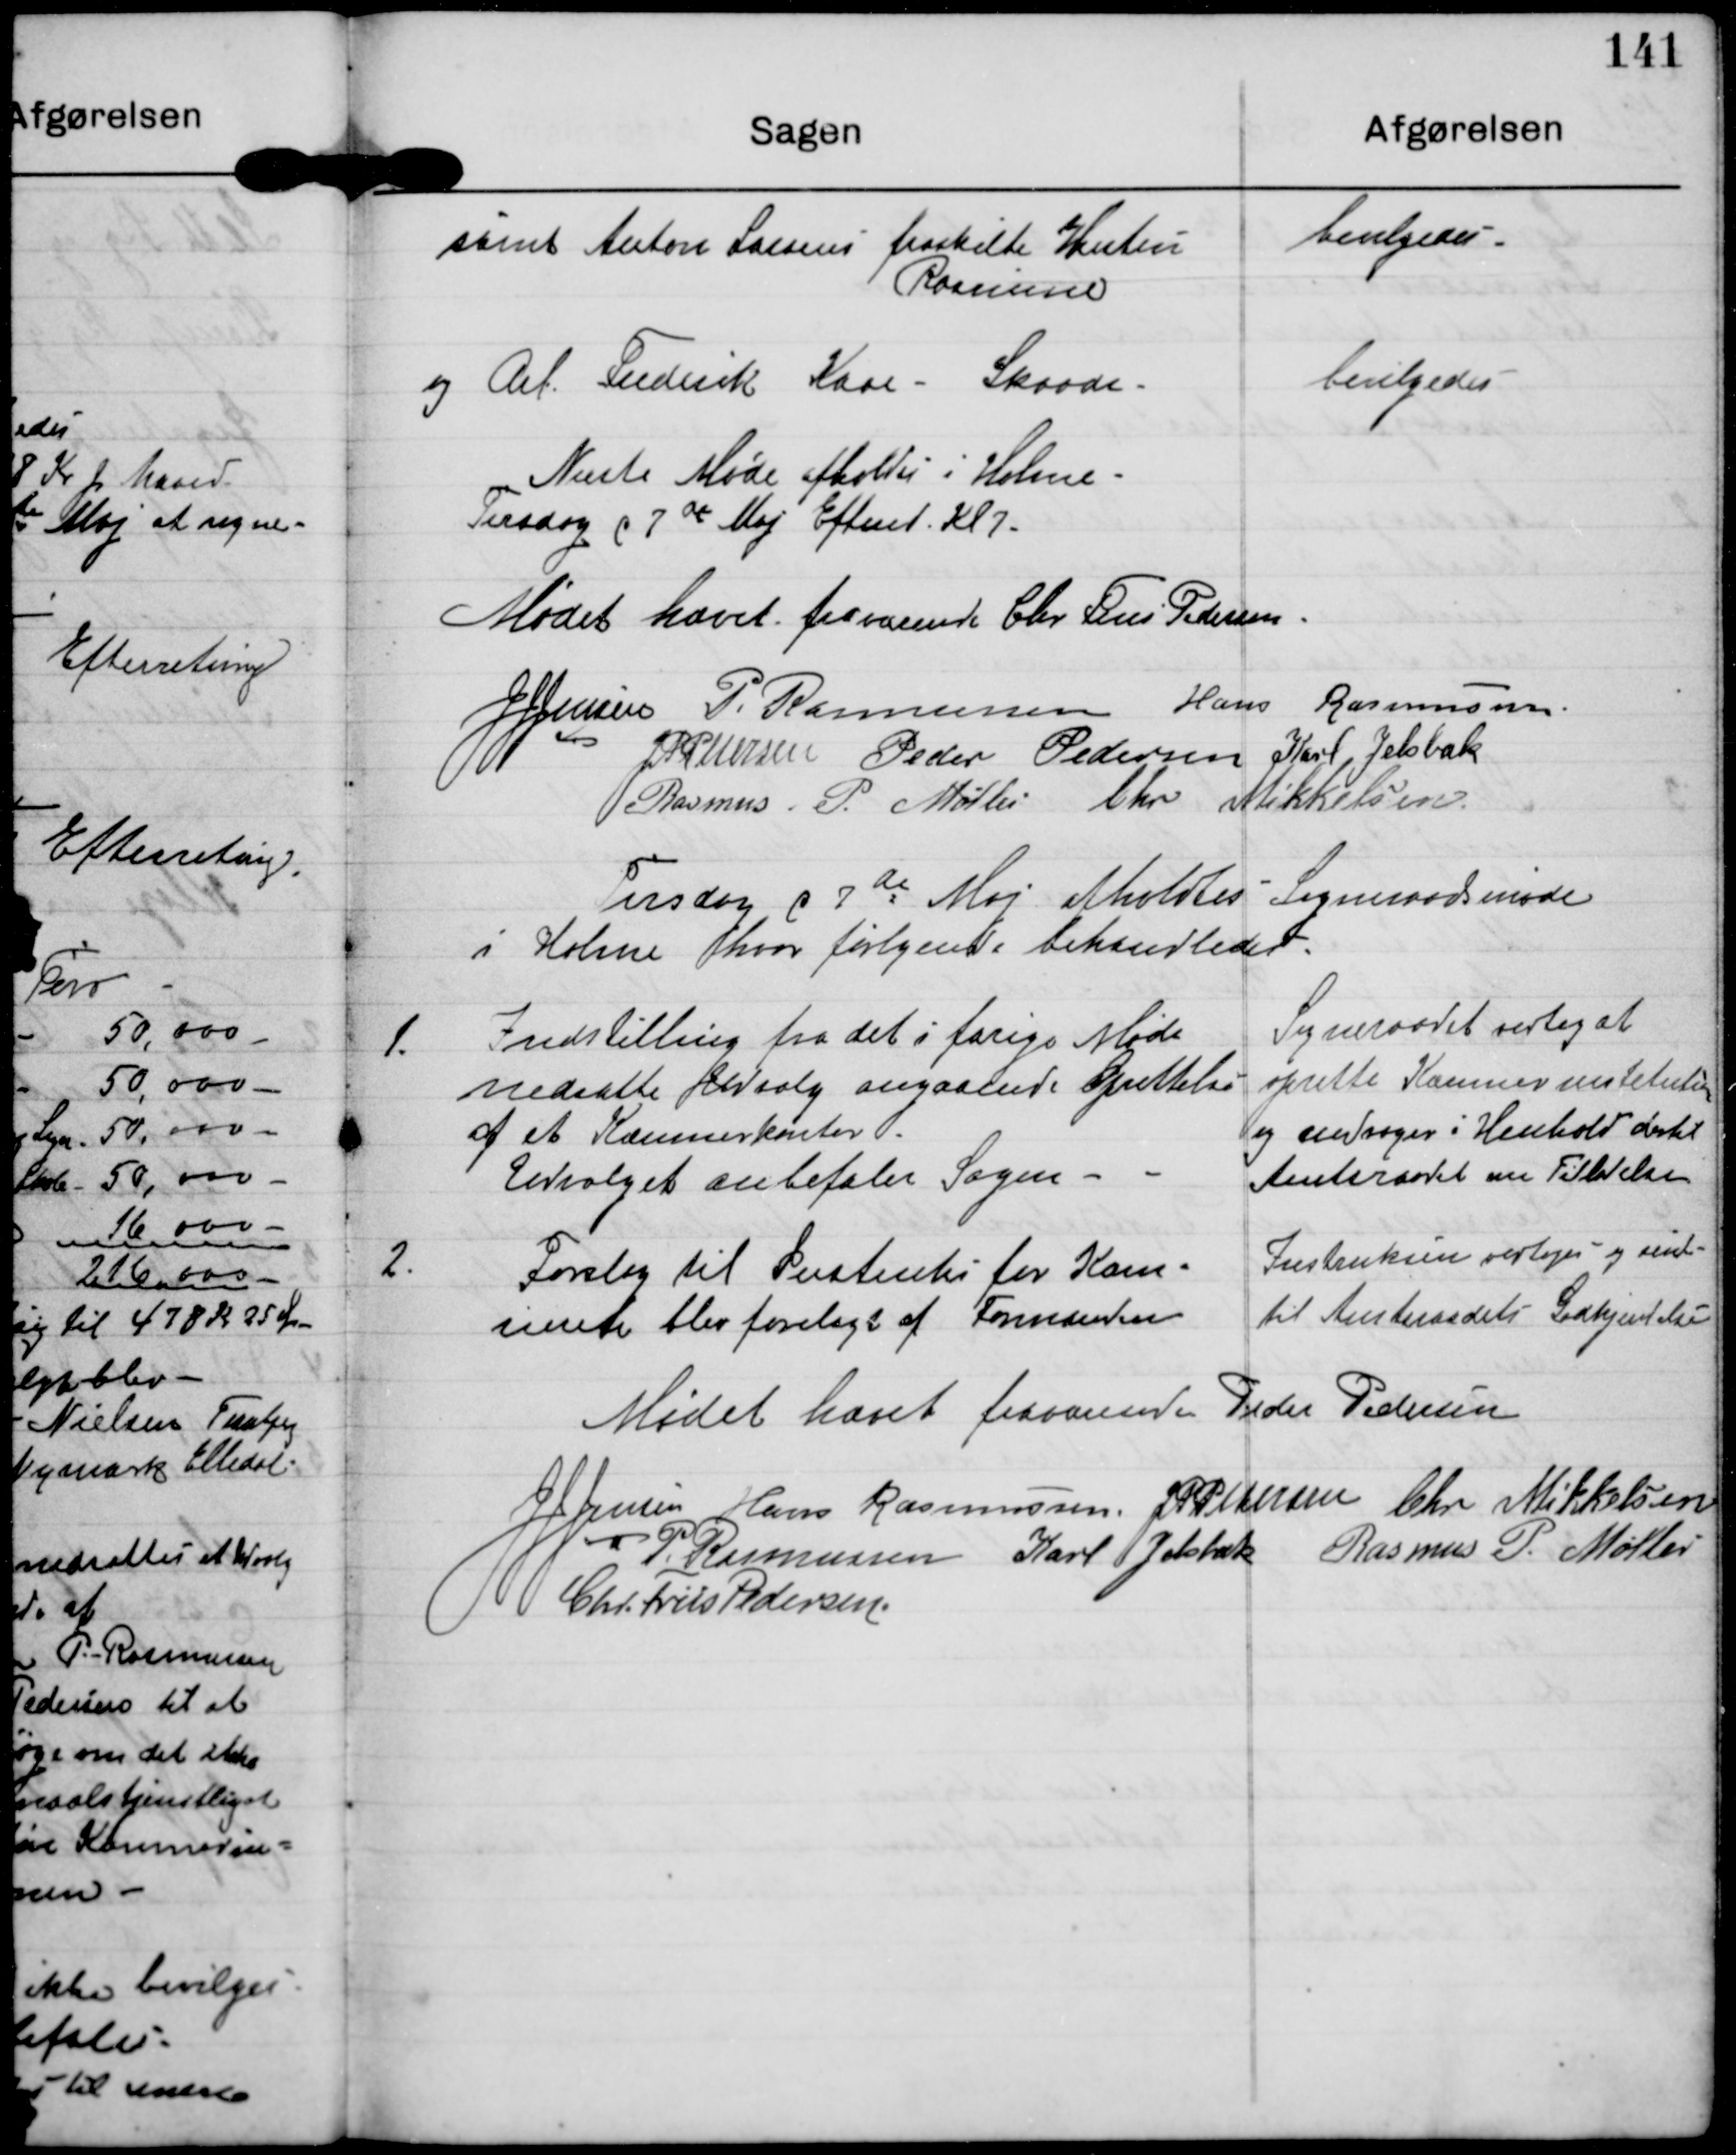
Transskription:
samt Anton Larsens fraskilte Hustru
Rasmine

bevilgedes

og Arb. Frederik Kaae - Skaade

bevilgedes

Næste Møde afholdes i Holme
Tirsdag d 7de Maj Eftermd. Kl. 2.

Mødet hævet

fraværende Chr. Friis Pedersen

JJ Jensen

P. Rasmussen

Hans Rasmussen

JP Pedersen

Peder Pedersen

Karl Jelsbak

Rasmus P. Møller

Chr. Mikkelsen

Tirsdag d 7de Maj afholdtes Sogneraadsmøde
i Holme hvor følgende behandledes

1.

Indstilling fra det i forige Møde
nedsatte Udvalg angaaende Oprettelse
af et Kæmnerkontor
Udvalget anbefaler Sagen

Sogneraadet vedtog at
oprette Kæmnerinstetution
og andrager i Henhold dertil
Amtsraadet om Tilladelse

2.

Forslag til Instruks for Kom-
munen blev forelagt af Formanden

Instruksen vedtoges og sendes
til Amtsraadets Godkjendelse

Mødet hævet

fraværende Peder Pedersen

JJ Jensen

Hans Rasmussen

JP Pedersen

Chr Mikkelsen

P. Rasmussen

Karl Jelsbak

Rasmus P. Møller

Chr. Friis Pedersen